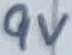
Text: 9V